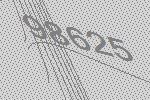
98625